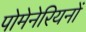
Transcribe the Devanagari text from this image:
पोमेनेरियनों